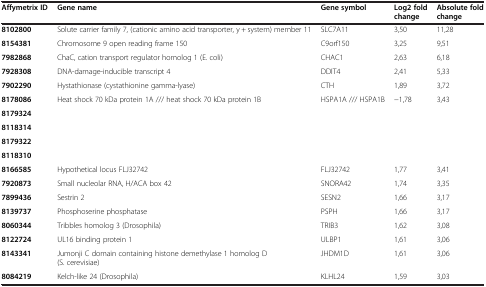
<table><thead><tr><td><b>Affymetrix ID</b></td><td><b>Gene name</b></td><td><b>Gene symbol</b></td><td><b>Log2 fold change</b></td><td><b>Absolute fold change</b></td></tr></thead><tbody><tr><td><b>8102800</b></td><td>Solute carrier family 7, (cationic amino acid transporter, y + system) member 11</td><td>SLC7A11</td><td>3,50</td><td>11,28</td></tr><tr><td><b>8154381</b></td><td>Chromosome 9 open reading frame 150</td><td>C9orf150</td><td>3,25</td><td>9,51</td></tr><tr><td><b>7982868</b></td><td>ChaC, cation transport regulator homolog 1 (E. coli)</td><td>CHAC1</td><td>2,63</td><td>6,18</td></tr><tr><td><b>7928308</b></td><td>DNA-damage-inducible transcript 4</td><td>DDIT4</td><td>2,41</td><td>5,33</td></tr><tr><td><b>7902290</b></td><td>Hystathionase (cystathionine gamma-lyase)</td><td>CTH</td><td>1,89</td><td>3,72</td></tr><tr><td><b>8178086</b></td><td rowspan="5">Heat shock 70 kDa protein 1A /// heat shock 70 kDa protein 1B</td><td rowspan="5">HSPA1A /// HSPA1B</td><td rowspan="5">-1,78</td><td rowspan="5">3,43</td></tr><tr><td><b>8179324</b></td></tr><tr><td><b>8118314</b></td></tr><tr><td><b>8179322</b></td></tr><tr><td><b>8118310</b></td></tr><tr><td><b>8166585</b></td><td>Hypothetical locus FLJ32742</td><td>FLJ32742</td><td>1,77</td><td>3,41</td></tr><tr><td><b>7920873</b></td><td>Small nucleolar RNA, H/ACA box 42</td><td>SNORA42</td><td>1,74</td><td>3,35</td></tr><tr><td><b>7899436</b></td><td>Sestrin 2</td><td>SESN2</td><td>1,66</td><td>3,17</td></tr><tr><td><b>8139737</b></td><td>Phosphoserine phosphatase</td><td>PSPH</td><td>1,66</td><td>3,17</td></tr><tr><td><b>8060344</b></td><td>Tribbles homolog 3 (Drosophila)</td><td>TRIB3</td><td>1,62</td><td>3,08</td></tr><tr><td><b>8122724</b></td><td>UL16 binding protein 1</td><td>ULBP1</td><td>1,61</td><td>3,06</td></tr><tr><td><b>8143341</b></td><td>Jumonji C domain containing histone demethylase 1 homolog D (S. cerevisiae)</td><td>JHDM1D</td><td>1,61</td><td>3,06</td></tr><tr><td><b>8084219</b></td><td>Kelch-like 24 (Drosophila)</td><td>KLHL24</td><td>1,59</td><td>3,03</td></tr></tbody></table>